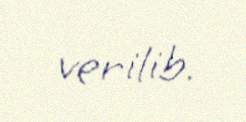
verilib.